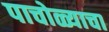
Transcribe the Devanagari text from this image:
पाचोळ्याचा